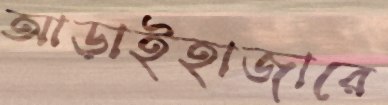
আড়াইহাজারে